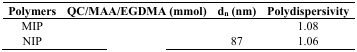
<table><thead><tr><td><b>Polymers</b></td><td><b>QC/MAA/EGDMA (mmol)</b></td><td><b>d<sub>n</sub> (nm)</b></td><td><b>Polydispersivity</b></td></tr></thead><tbody><tr><td>MIP</td><td>[EMPTY_CELL]</td><td>[EMPTY_CELL]</td><td>1.08</td></tr><tr><td>NIP</td><td>[EMPTY_CELL]</td><td>87</td><td>1.06</td></tr></tbody></table>